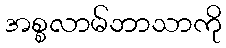
အစ္စလာမ်ဘာသာကို